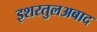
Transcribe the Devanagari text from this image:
इशरतुलअबाद